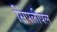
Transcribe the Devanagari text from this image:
सिंपलीपल